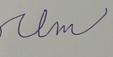
Signature authenticity: forged